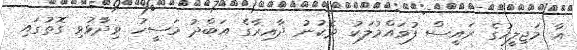
އާ މަޖިލީހުގެ ރައީސް ފުވައްމުލަކު ދެކުނު ދާއިރާގެ އަބްދު މަސީހު ވިދާޅުވި ގޮތުގައި